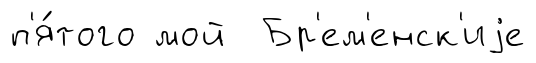
п'я́того мой Бр'ем'енск'иjе